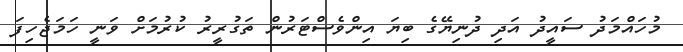
މުހައްމަދު ސައީދު އަދި ދުނިޔޭގެ ބިޔަ އިންވެސްޓަރުން ތަގުރީރު ކުރުމަށް ވަނީ ހަމަޖެހިފަ